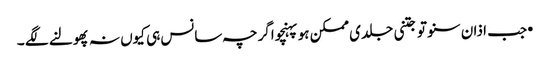
•جب اذان سنو تو جتنی جلدی ممکن ہو پہنچو اگرچہ سانس ہی کیوں نہ پھولنے لگے ۔